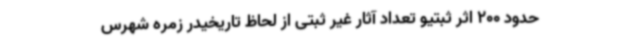
حدود 200 اثر ثبتیو تعداد آثار غیر ثبتی از لحاظ تاریخیدر زمره شهرس